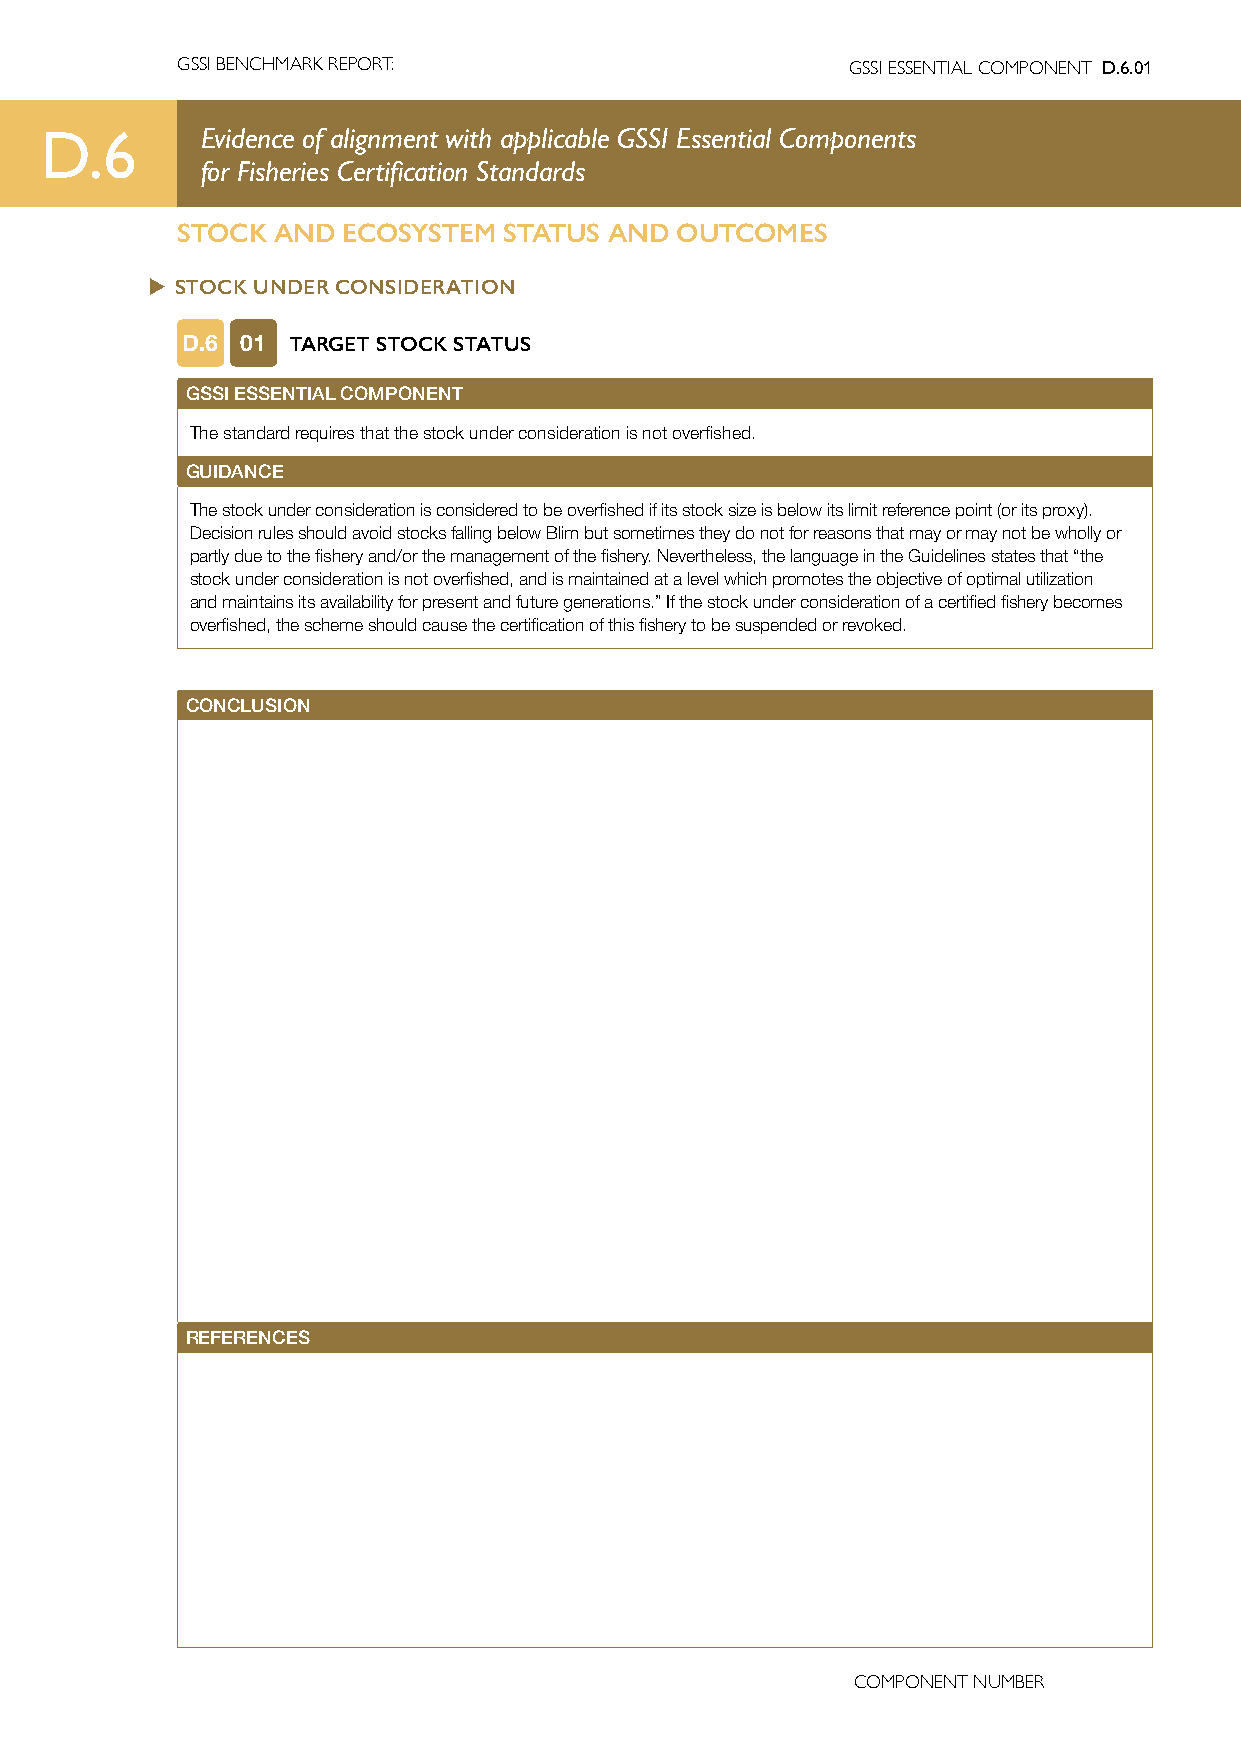
GSSI BENCHMARK REPORT:                      GSSI ESSENTIAL COMPONENT D.6.01
 D.6       Evidence of alignment with applicable GSSI Essential Components
 for Fisheries Certification Standards
 STOCK AND  ECOSYSTEM STATUS AND  OUTCOMES
 u STOCK UNDER CONSIDERATION
 D.6 01 TARGET STOCK STATUS
 GSSI ESSENTIAL COMPONENT
 The standard requires that the stock under consideration is not overfished.
 GUIDANCE
 The stock under consideration is considered to be overfished if its stock size is below its limit reference point (or its proxy).
 Decision rules should avoid stocks falling below Blim but sometimes they do not for reasons that may or may not be wholly or
 partly due to the fishery and/or the management of the fishery. Nevertheless, the language in the Guidelines states that “the
 stock under consideration is not overfished, and is maintained at a level which promotes the objective of optimal utilization
 and maintains its availability for present and future generations.” If the stock under consideration of a certified fishery becomes
 overfished, the scheme should cause the certification of this fishery to be suspended or revoked.
 CONCLUSION
 REFERENCES
 COMPONENT NUMBER